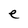
Character: e